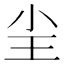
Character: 𡭤